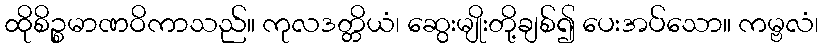
ထိုစိဉ္စမာဏဝိကာသည်။ ကုလဒတ္တိယံ၊ ဆွေးမျိုးတို့ချစ်၍ ပေးအပ်သော။ ကမ္ဗလံ၊